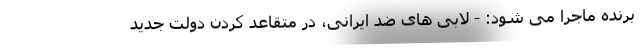
برنده ماجرا می شود: - لابی های ضد ایرانی، در متقاعد کردن دولت جدید